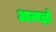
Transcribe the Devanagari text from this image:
आत्मज्ञो